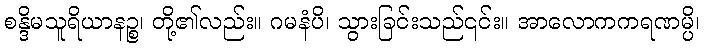
စန္ဒိမသူရိယာနဉ္စ၊ တို့၏လည်း။ ဂမနံပိ၊ သွားခြင်းသည်၎င်း။ အာလောကကရဏမ္ပိ၊